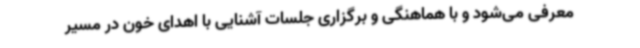
معرفی می‌شود و با هماهنگی و برگزاری جلسات آشنایی با اهدای خون در مسیر